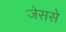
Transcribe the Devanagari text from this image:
जेससे